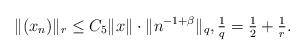
LaTeX: \begin{align*}\|(x_{n})\|_{r} \leq C_{5} \|x\| \cdot \|n^{-1+\beta}\|_{q},\tfrac{1}{q}=\tfrac{1}{2}+\tfrac{1}{r}.\end{align*}